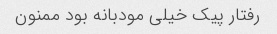
رفتار پیک خیلی مودبانه بود ممنون